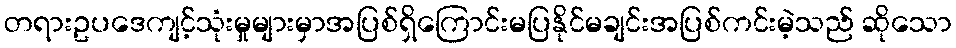
တရားဥပဒေကျင့်သုံးမှုများမှာအပြစ်ရှိကြောင်းမပြနိုင်မချင်းအပြစ်ကင်းမဲ့သည် ဆိုသော